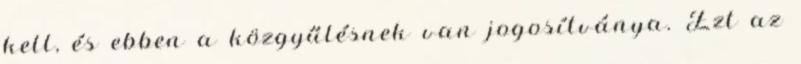
kell, és ebben a közgyűlésnek van jogosítványa. Ezt az